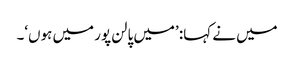
میں نے کہا: ’میں پالن پور میں ہوں‘۔